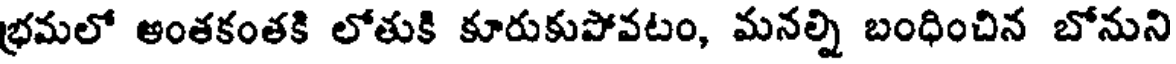
భ్రమలో ఆంతకంతకి లోతుకి కూరుకుపోవటం, మనల్ని బంధించిన బోనుని